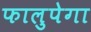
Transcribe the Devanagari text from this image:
फालुपेगा